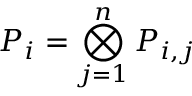
P _ { i } = \bigotimes _ { j = 1 } ^ { n } P _ { i , j }